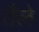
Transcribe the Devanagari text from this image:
तैले